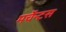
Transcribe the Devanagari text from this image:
मर्चेन्टस